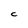
Character: C